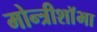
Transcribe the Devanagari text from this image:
मोन्त्रीशाॅभा